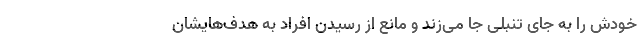
خودش را به جای تنبلی جا می‌زند و مانع از رسیدن افراد به هدف‌هایشان